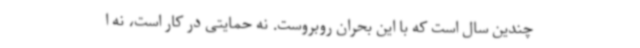
چندین سال است که با این بحران روبروست. نه حمایتی در کار است، نه ا